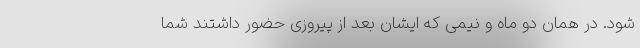
شود. در همان دو ماه و نیمی که ایشان بعد از پیروزی حضور داشتند شما